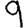
Digit: 9